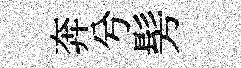
奔兮髣